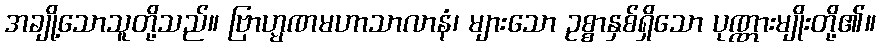
အချို့သောသူတို့သည်။ ဗြာဟ္မဏမဟာသာလာနံ၊ များသော ဥစ္စာနှစ်ရှိသော ပုဏ္ဏားမျိုးတို့၏။